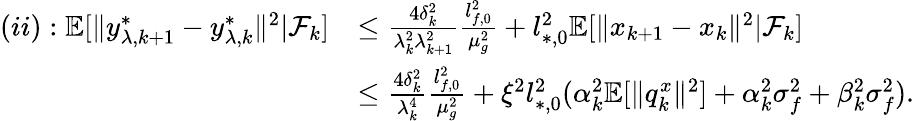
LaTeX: \begin{array}{rl}{(ii):\mathbb{E}[\| y_{\lambda,k+1}^{*}-y_{\lambda,k}^{*}\| ^{2}|\mathcal{F}_{k}]}&{\le\frac{4\delta_{k}^{2}}{\lambda_{k}^{2}\lambda_{k+1}^{2}}\frac{l_{f,0}^{2}}{\mu_{g}^{2}}+l_{*,0}^{2}\mathbb{E}[\| x_{k+1}-x_{k}\| ^{2}|\mathcal{F}_{k}]}\\ &{\le\frac{4\delta_{k}^{2}}{\lambda_{k}^{4}}\frac{l_{f,0}^{2}}{\mu_{g}^{2}}+\xi^{2}l_{*,0}^{2}(\alpha_{k}^{2}\mathbb{E}[\| q_{k}^{x}\| ^{2}]+\alpha_{k}^{2}\sigma_{f}^{2}+\beta_{k}^{2}\sigma_{f}^{2}).}\end{array}